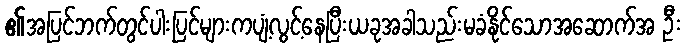
၏အပြင်ဘက်တွင်ပါးပြင်များကပျံ့လွင့်နေပြီးယခုအခါသည်းမခံနိုင်သောအဆောက်အ ဦး